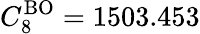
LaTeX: C_{8}^{\mathrm{BO}}=1503.453